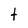
Character: t